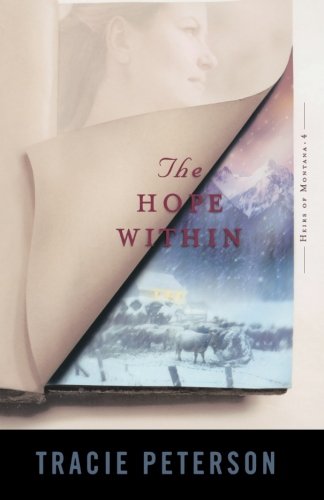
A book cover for The Hope Within (Heirs of Montana #4); Tracie Peterson; Romance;